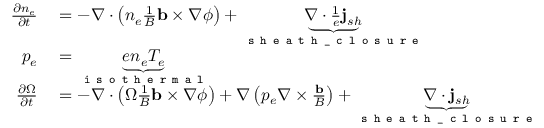
\begin{array} { r l } { \frac { \partial n _ { e } } { \partial t } } & { { } = - \nabla \cdot \left( n _ { e } \frac { 1 } { B } \mathbf { b } \times \nabla \phi \right) + \underbrace { \nabla \cdot { \frac { 1 } { e } \mathbf { j } _ { s h } } } _ { \texttt { s h e a t h \_ c l o s u r e } } } \\ { p _ { e } } & { { } = \underbrace { e n _ { e } T _ { e } } _ { \texttt { i s o t h e r m a l } } } \\ { \frac { \partial \Omega } { \partial t } } & { { } = - \nabla \cdot \left( \Omega \frac { 1 } { B } \mathbf { b } \times \nabla \phi \right) + \nabla \left( p _ { e } \nabla \times \frac { \mathbf { b } } { B } \right) + \underbrace { \nabla \cdot \mathbf { j } _ { s h } } _ { \texttt { s h e a t h \_ c l o s u r e } } } \end{array}